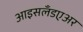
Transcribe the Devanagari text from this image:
आइसलँडएअर